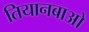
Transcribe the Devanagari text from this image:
तियानबाओ